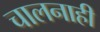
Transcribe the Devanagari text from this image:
चालनाही